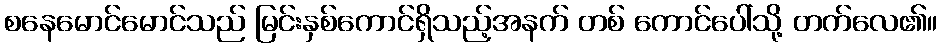
စနေမောင်မောင်သည် မြင်းနှစ်ကောင်ရှိသည့်အနက် တစ် ကောင်ပေါ်သို့ တက်လေ၏။